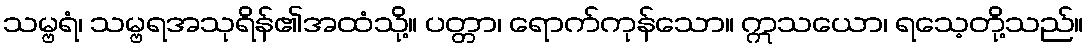
သမ္ဗရံ၊ သမ္ဗရအသုရိန်၏အထံသို့။ ပတ္တာ၊ ရောက်ကုန်သော။ ဣသယော၊ ရသေ့တို့သည်။